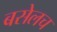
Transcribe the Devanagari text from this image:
बसेलच